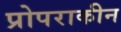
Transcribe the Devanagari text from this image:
प्रोपराकीन